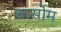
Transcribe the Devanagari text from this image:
बार्सोम